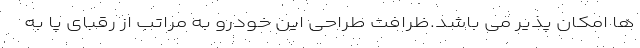
ها امکان پذیر می باشد.ظرافت طراحی این خودرو به مراتب از رقبای پا به